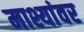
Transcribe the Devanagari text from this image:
माश्यांवर